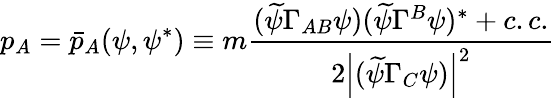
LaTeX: p_{A}=\bar{p}_{A}(\psi,\psi^{*})\equiv m\frac{(\widetilde{\psi}\Gamma_{AB}\psi)(\widetilde{\psi}\Gamma^{B}\psi)^{*}+c.c.}{2\left|(\widetilde{\psi}\Gamma_{C}\psi)\right|^{2}}